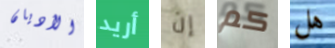
الأديان أريد إن كم هل